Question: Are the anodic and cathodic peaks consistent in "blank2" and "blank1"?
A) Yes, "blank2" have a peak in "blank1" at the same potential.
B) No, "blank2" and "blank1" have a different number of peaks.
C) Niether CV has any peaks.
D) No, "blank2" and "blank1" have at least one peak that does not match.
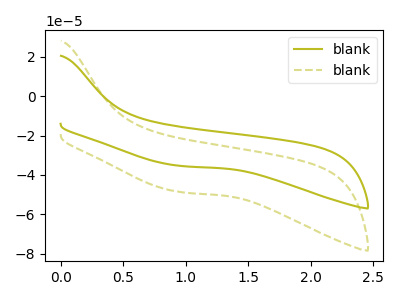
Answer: <think>The olive curve "blank1" has no peaks. The olive dashed curve "blank2" has no peaks.</think>
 <answer>C) Niether CV has any peaks.</answer>
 <eval>C</eval>